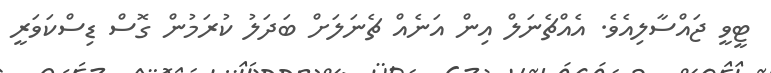
ޓީވީ ޖައްސާލިއެވެ. އެއްޗެނަލް އިން އަނެއް ޗެނަލަށް ބަދަލު ކުރަމުން ގޮސް ޑިސްކަވަރީ